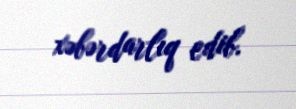
xəbərdarlıq edib.